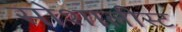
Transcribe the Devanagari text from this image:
सोशालीस्ट